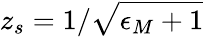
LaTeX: z_{s}=1/\sqrt{\epsilon_{M}+1}